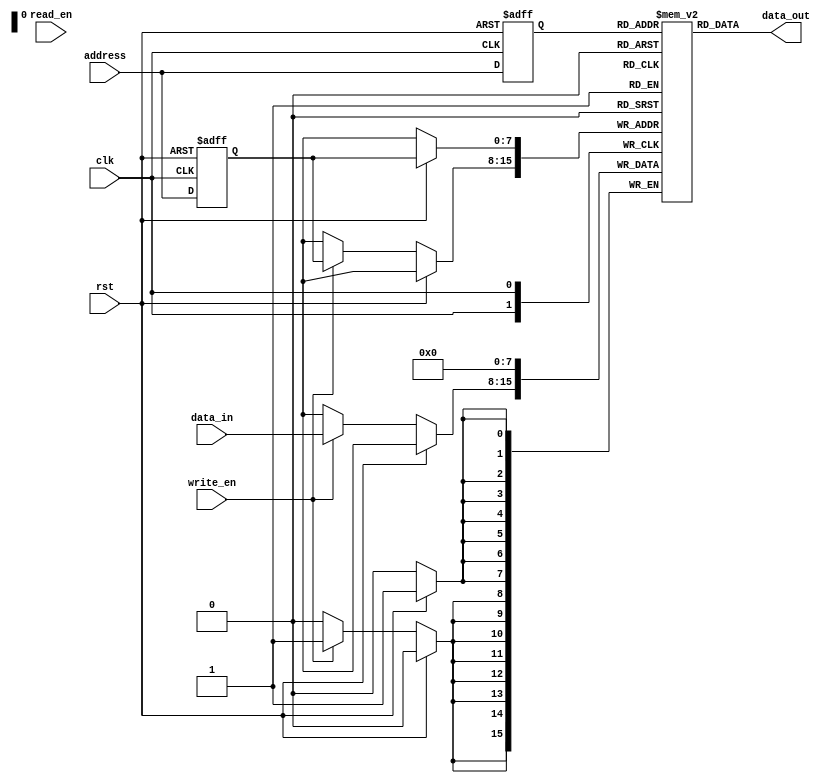
module flash_memory(
    input wire clk,
    input wire rst,
    input wire write_en,
    input wire read_en,
    input wire [7:0] data_in,
    output reg [7:0] data_out,
    input wire [7:0] address
    );

// Define memory size
parameter MEM_DEPTH = 256;

// Memory array
reg [7:0] memory [0:MEM_DEPTH-1];

// Address decoding logic
reg [7:0] read_address;
reg [7:0] write_address;

// Sequential logic blocks
always @(posedge clk or posedge rst) begin
    if (rst) begin
        read_address <= 8'b00000000;
        write_address <= 8'b00000000;
    end else begin
        read_address <= address;
        write_address <= address;
    end
end

// Read operation
always @* begin
    data_out = memory[read_address];
end

// Write operation
always @(posedge clk) begin
    if (rst) begin
        memory[write_address] <= 8'b0;
    end else begin
        if (write_en) begin
            memory[write_address] <= data_in;
        end
    end
end

endmodule